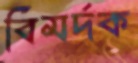
বিমর্দক